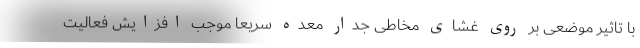
با تاثیر موضعی بر روی غشای مخاطی جدار معده سریعا موجب افزایش فعالیت